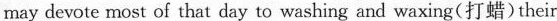
may devote most of that day to washing and waxing(打蜡)their